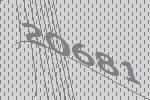
20681